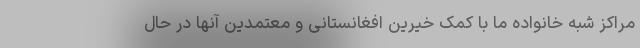
مراکز شبه خانواده ما با کمک خیرین افغانستانی و معتمدین آنها در حال